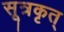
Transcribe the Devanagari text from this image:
सूत्रकृत्